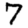
Digit: 7